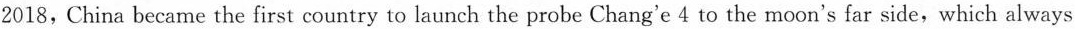
faces away from Earth.